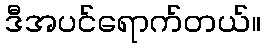
ဒီအပင်ရောက်တယ်။